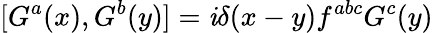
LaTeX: [G^{a}(x),G^{b}(y)]=\mathit{i}\delta(x-y)f^{abc}G^{c}(y)